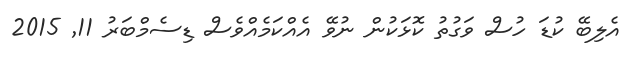
އެލިބޭ ކުޑަ ހުސް ވަގުތު ކޮޅަކުން ނުވޭ އެއްކަމެއްވެސް ޑިސެމްބަރު 11